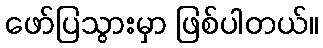
ဖော်ပြသွားမှာ ဖြစ်ပါတယ်။